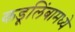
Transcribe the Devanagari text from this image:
कडूलिंबामध्ये